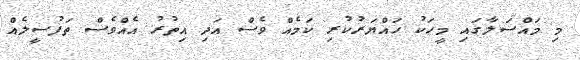
މި މައްސަލާގައި މީހަކު ހައްޔަރުކުރި ކަމެއް ވެސް އަދި އިތުރު އެއްވެސް ތަފުސީލެއް